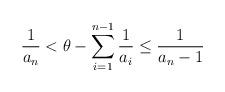
LaTeX: \begin{align*}\frac{1}{a_n} < \theta - \sum_{i=1}^{n-1} \frac{1}{a_i} \leq \frac{1}{a_n-1} \end{align*}